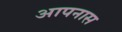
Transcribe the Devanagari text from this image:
आपनास